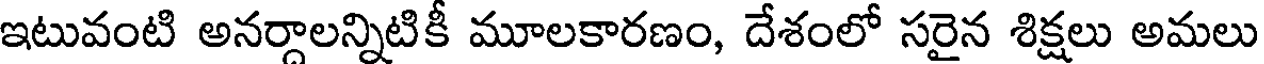
ఇటువంటి అనర్గాలన్నిటికీ మూలకారణం, దేశంలో సరైన శిక్షలు అమలు